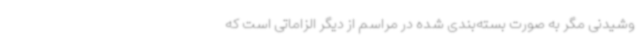
وشیدنی مگر به صورت بسته‌بندی شده در مراسم از دیگر الزاماتی است که